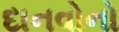
દાનવોનો